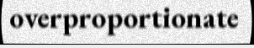
overproportionate